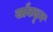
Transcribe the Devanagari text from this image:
खाँकडून